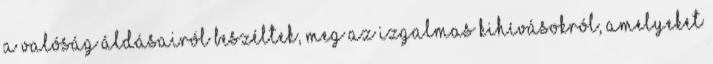
a valóság áldásairól beszéltek, meg az izgalmas kihívásokról, amelyeket